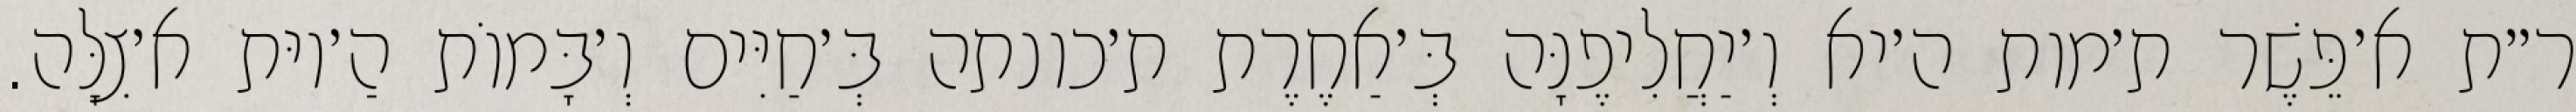
ר״ת א׳פֵּשֶׁר ת׳מות ה׳יא וְ׳יַחֲלִיפֶנָּה בְּ׳אַחֶרֶת ת׳כונתה בְּ׳חַיִּים וְ׳בָּמוֹת הַ׳יוּת א׳צִלָּה.